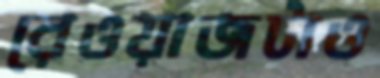
রেওয়াজটাও